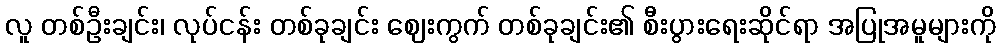
လူ တစ်ဦးချင်း၊ လုပ်ငန်း တစ်ခုချင်း ဈေးကွက် တစ်ခုချင်း၏ စီးပွားရေးဆိုင်ရာ အပြုအမူများကို